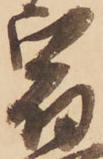
宿